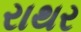
રાથર